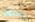
وأحاول